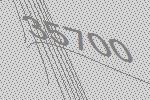
35700